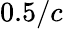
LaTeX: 0.5/c